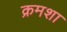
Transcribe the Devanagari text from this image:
क्रमशा